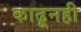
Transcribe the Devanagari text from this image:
काढूनही